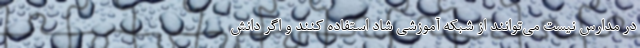
در مدارس نیست می‌توانند از شبکه آموزشی شاد استفاده کنند و اگر دانش